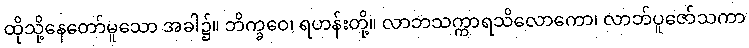
ထိုသို့နေတော်မူသော အခါ၌။ ဘိက္ခဝေ၊ ရဟန်းတို့။ လာဘသက္ကာရသိလောကော၊ လာဘ်ပူဇော်သကာ